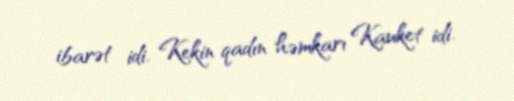
ibarət idi. Kekin qadın həmkarı Kauket idi.